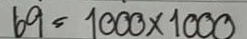
69 = 1000x1000